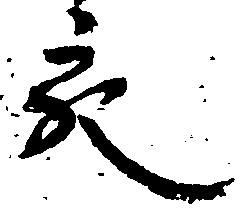
充